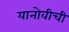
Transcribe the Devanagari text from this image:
यानोवीची